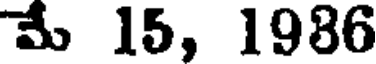
మే 15, 1986